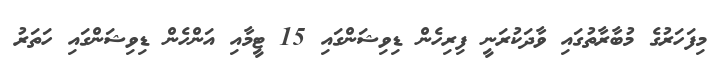
މިފަހަރުގެ މުބާރާތުގައި ވާދަކުރަނީ ފިރިހެން ޑިވިޝަންގައި 15 ޓީމާއި އަންހެން ޑިވިޝަންގައި ހަތަރު